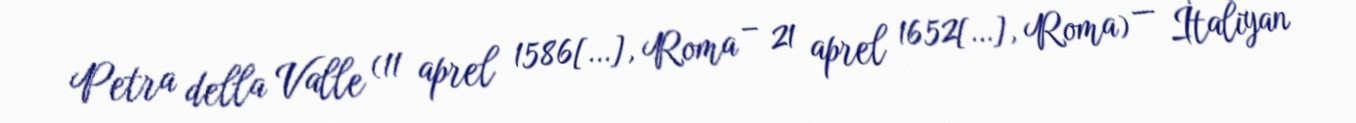
Petra della Valle (11 aprel 1586[…], Roma – 21 aprel 1652[…], Roma) — İtaliyan